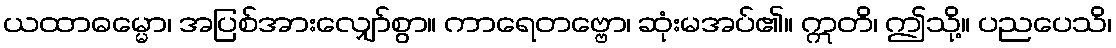
ယထာဓမ္မော၊ အပြစ်အားလျှော်စွာ။ ကာရေတဗ္ဗော၊ ဆုံးမအပ်၏။ ဣတိ၊ ဤသို့။ ပညပေသိ၊